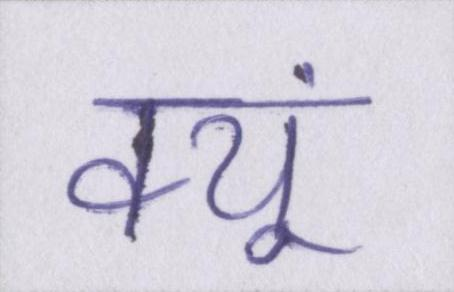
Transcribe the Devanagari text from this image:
क्यूं